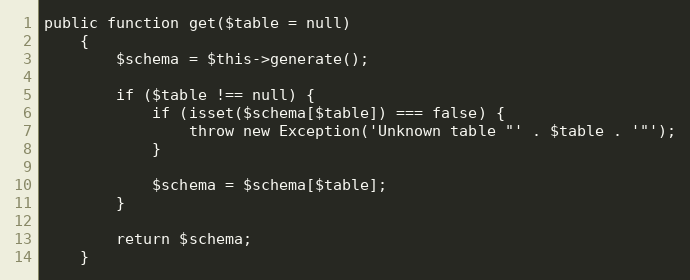
Language: PHP
public function get($table = null)
    {
        $schema = $this->generate();

        if ($table !== null) {
            if (isset($schema[$table]) === false) {
                throw new Exception('Unknown table "' . $table . '"');
            }

            $schema = $schema[$table];
        }

        return $schema;
    }